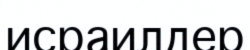
исраилдер